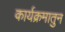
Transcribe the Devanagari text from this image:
कार्यक्रमातुन